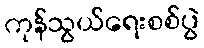
ကုန်သွယ်ရေးစစ်ပွဲ